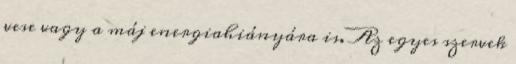
vese vagy a máj energiahiányára is. Az egyes szervek